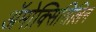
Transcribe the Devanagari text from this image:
ॲमोक्सिसिलिन